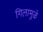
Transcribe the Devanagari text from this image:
गिलामुळे